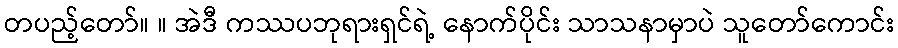
တပည့်တော်။ ။ အဲဒီ ကဿပဘုရားရှင်ရဲ့ နောက်ပိုင်း သာသနာမှာပဲ သူတော်ကောင်း